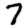
Digit: 7